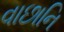
વાછાનિ